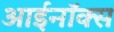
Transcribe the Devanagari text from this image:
आईनॉक्स